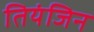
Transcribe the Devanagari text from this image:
तियंजिन